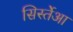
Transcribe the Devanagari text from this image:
सिर्स्तेआ